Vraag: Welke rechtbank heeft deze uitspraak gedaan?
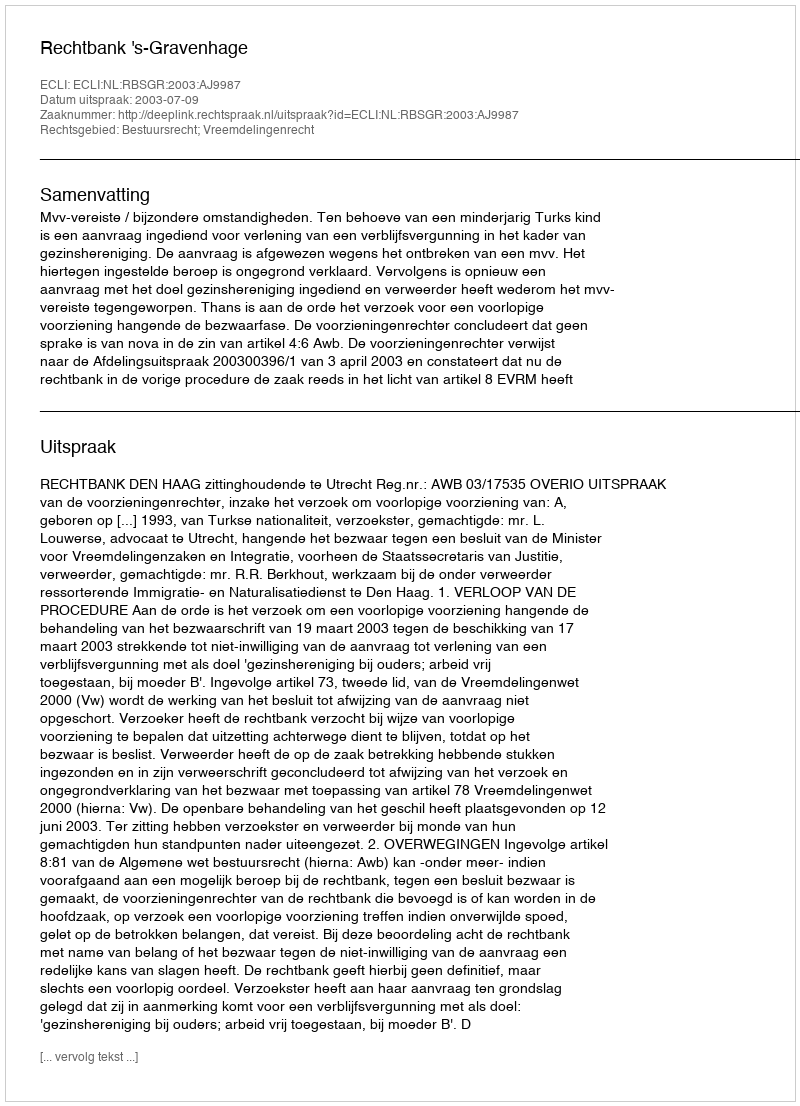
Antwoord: Rechtbank 's-Gravenhage